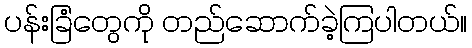
ပန်းခြံတွေကို တည်ဆောက်ခဲ့ကြပါတယ်။